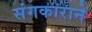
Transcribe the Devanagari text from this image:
संगकाराने